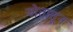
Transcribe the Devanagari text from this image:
झोतातून